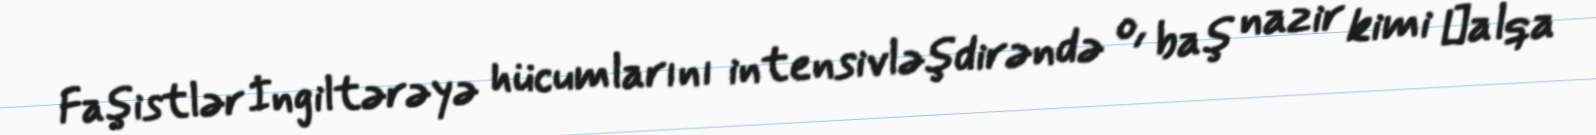
Faşistlər İngiltərəyə hücumlarını intensivləşdirəndə o, baş nazir kimi хalqa